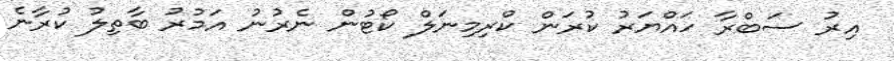
އިރު ސަބްރާ ހައްޔަރު ކުރަން ކްރިމިނަލް ކޯޓުން ނެރުނު އަމުރު ބާތިލު ކުރާނެ